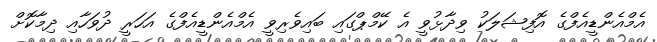
އެމްއެންޑީއެފްގެ އޮފިޝަލަކު ވިދާޅުވީ އެ ކޭމްޕްގައި ބައިވެރިވީ އެމްއެންޑީއެފްގެ އަހަރީ ދުވަހާއި ދިމާކޮށް